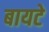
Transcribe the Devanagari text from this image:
बायटे